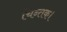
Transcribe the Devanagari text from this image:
चिन्तक।